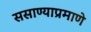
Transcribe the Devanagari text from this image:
ससाण्याप्रमाणे